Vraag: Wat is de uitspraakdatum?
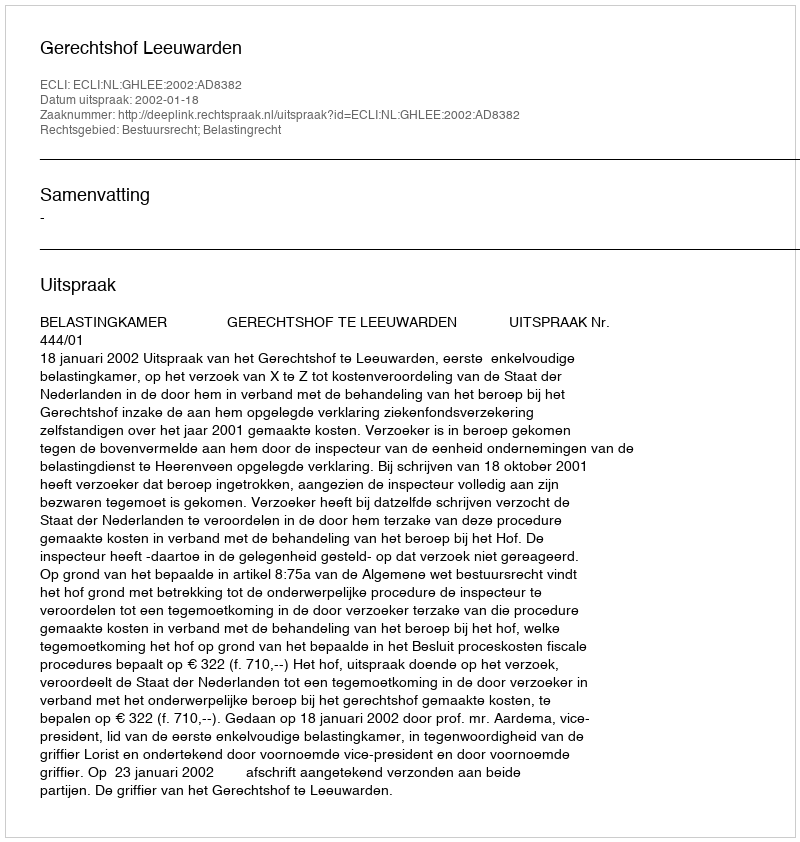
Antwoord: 2002-01-18